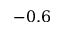
- 0 . 6